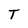
Character: T